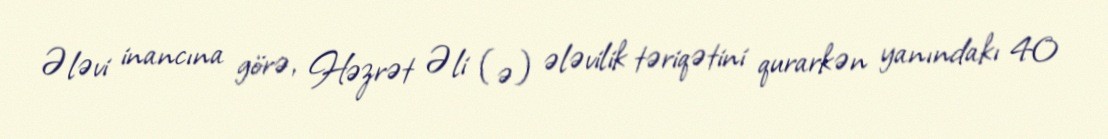
Ələvi inancına görə, Həzrət Əli (ə) ələvilik təriqətini qurarkən yanındakı 40